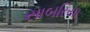
સાબરિયા